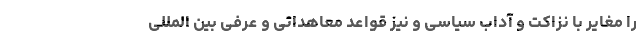
را مغایر با نزاکت و آداب سیاسی و نیز قواعد معاهداتی و عرفی بین المللی